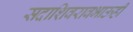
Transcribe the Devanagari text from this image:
सदाशिवरावभाऊही